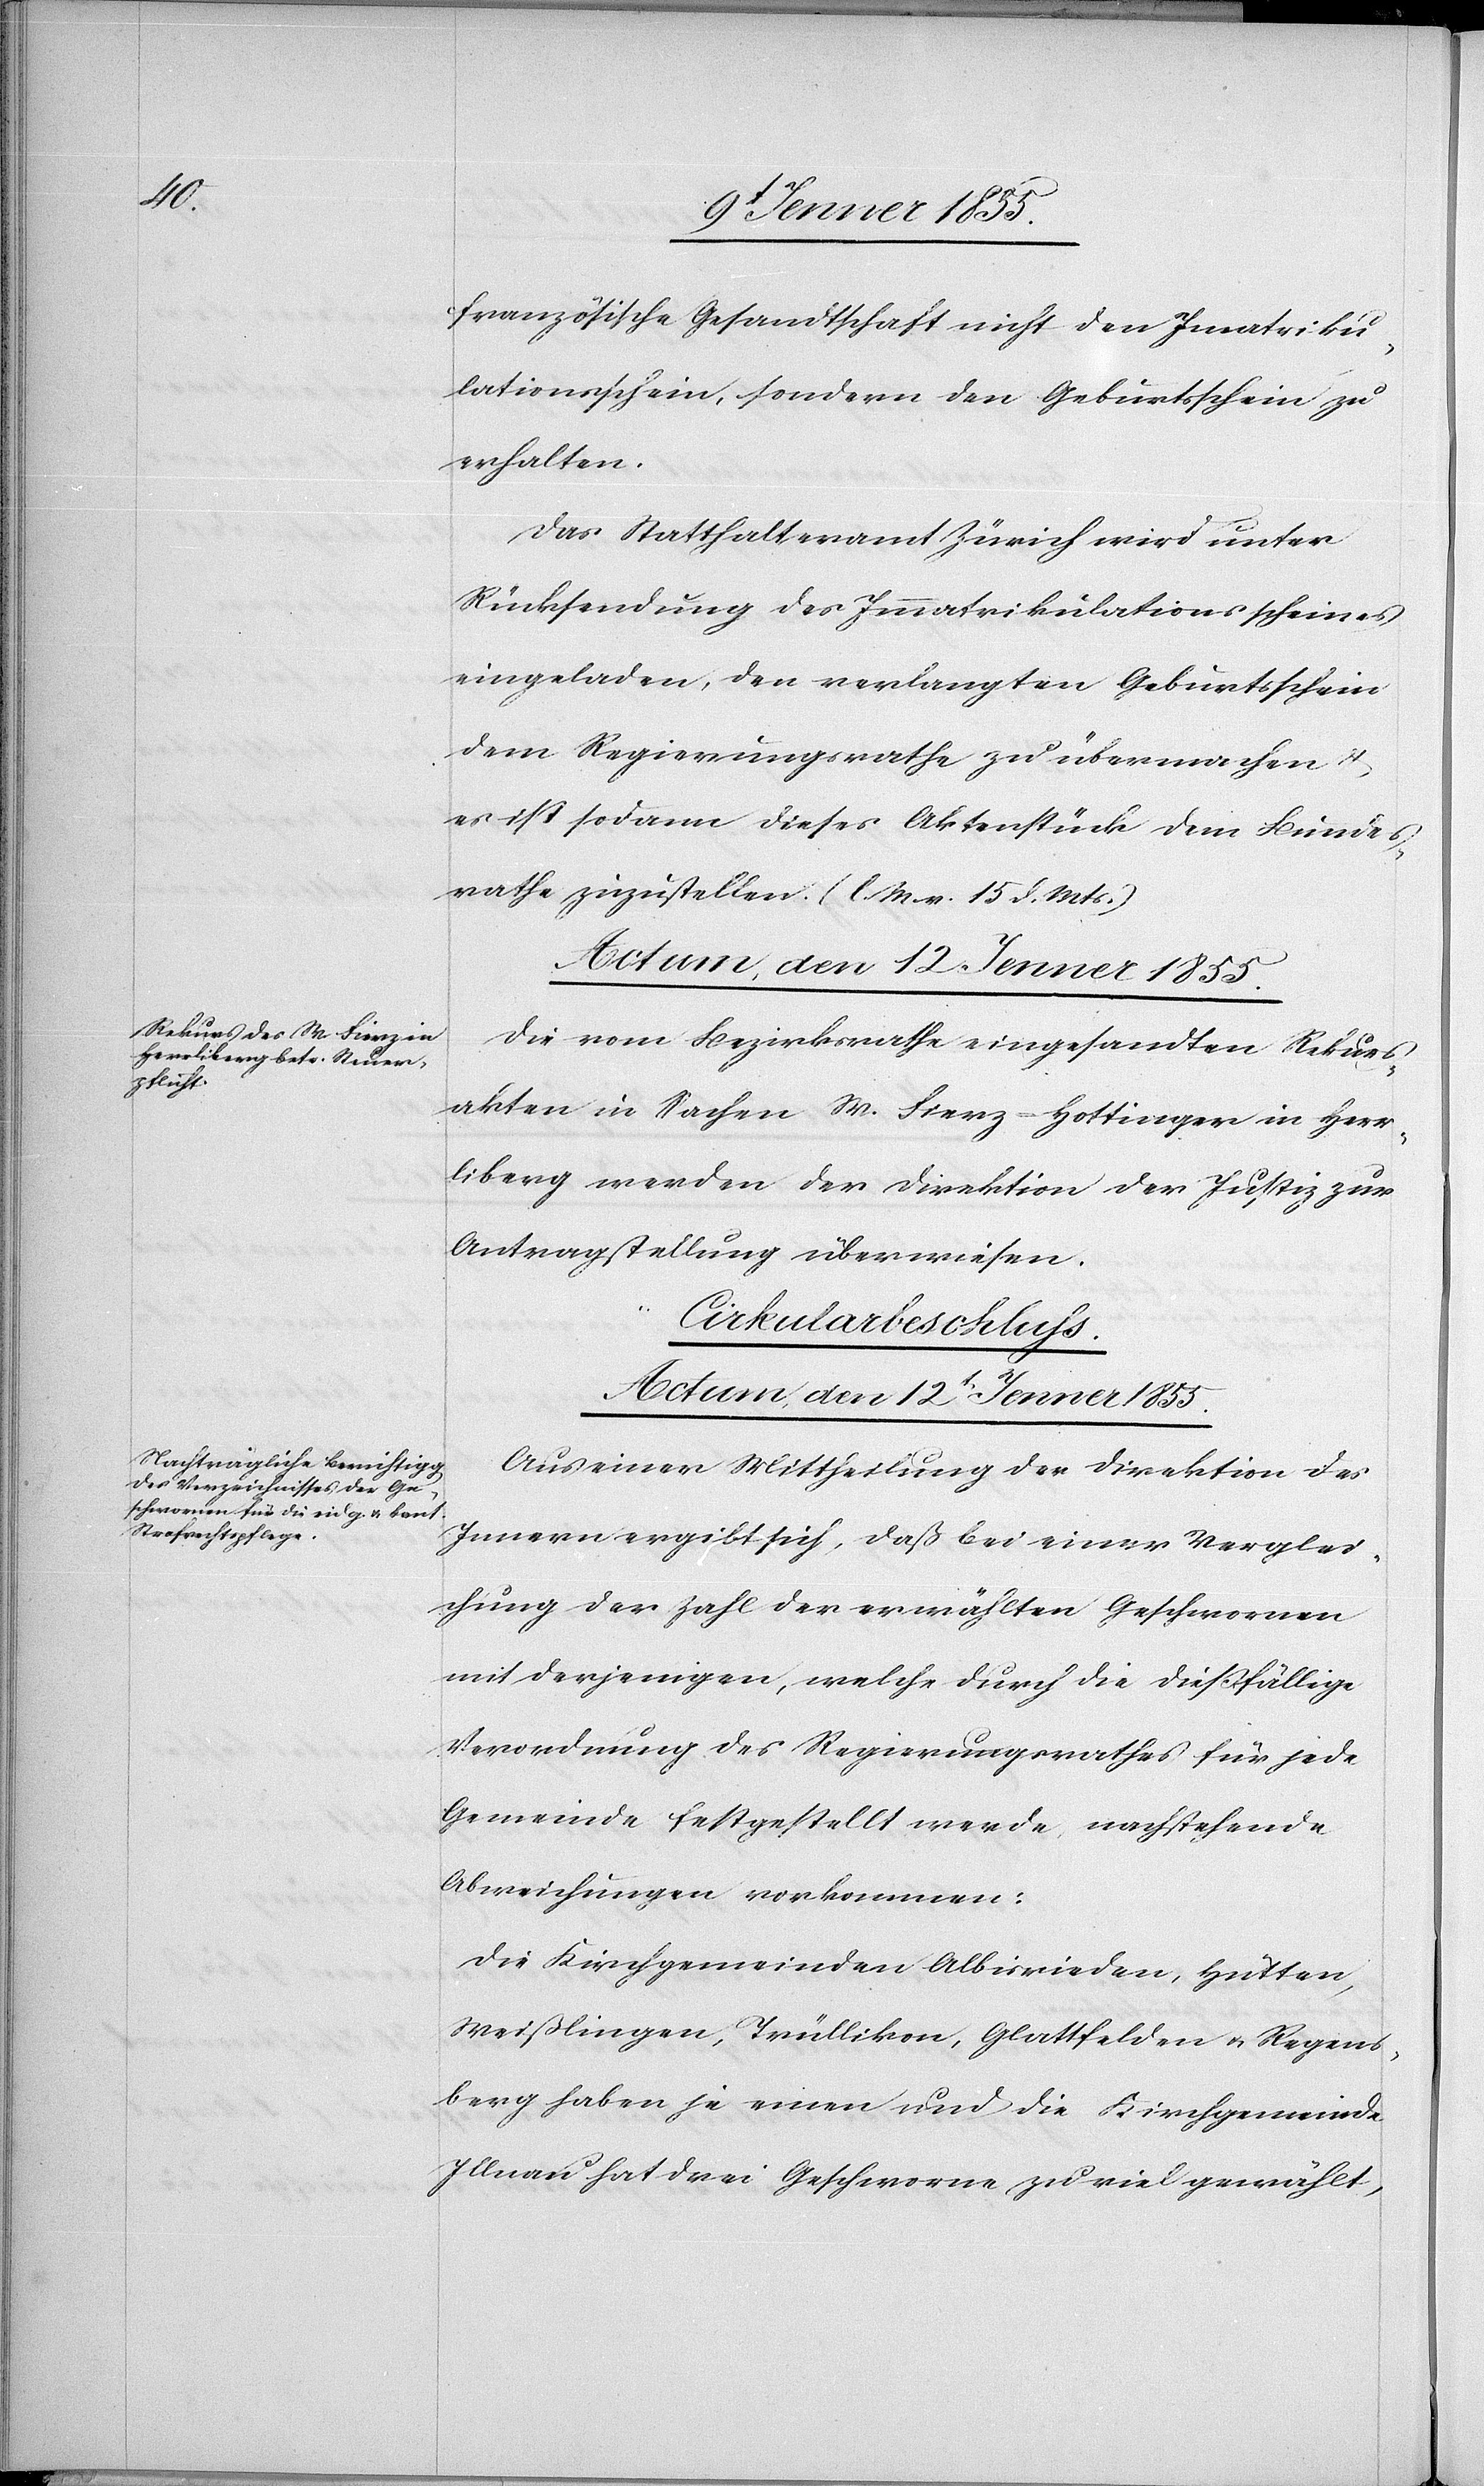
französische Gesandtschaft nicht den Im[m]atriku¬
lationsschein, sondern den Geburtsschein zu
erhalten.
Das Statthalteramt Zürich wird unter
Rücksendung des Immatrikulationsscheines
eingeladen, den verlangten Geburtsschein
dem Regierungsrathe zu übermachen &
es ist sodann dieses Aktenstück dem Bundes¬
rathe zuzustellen. (l. M. v. 15 d. Mts.)
Die vom Bezirksrathe eingesandten Rekurs¬
akten in Sachen M. Fierz-Hottinger in Herr¬
liberg werden der Direktion der Justiz zur
Antragstellung überwiesen.
Cirkularbeschluss.
Actum, den 12t[en] Jenner 1855.
Aus einer Mittheilung der Direktion des
Innern ergibt sich, daß bei einer Verglei¬
chung der Zahl der erwählten Geschwornen
mit derjenigen, welche durch die dießfällige
Verordnung des Regierungsrathes für jede
Gemeinde festgestellt werde, nachstehende
Abweichungen vorkommen:
Die Kirchgemeinden Albisrieden, Hütten,
Weißlingen, Trüllikon, Glattfelden & Regens¬
berg haben je einen und die Kirchgemeinde
Illnau hat drei Geschworne zu viel gewählt,